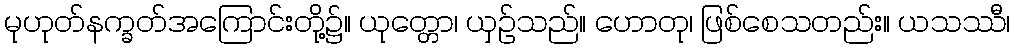
မုဟုတ်နက္ခတ်အကြောင်းတို့၌။ ယုတ္တော၊ ယှဉ်သည်။ ဟောတု၊ ဖြစ်စေသတည်း။ ယသဿီ၊